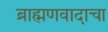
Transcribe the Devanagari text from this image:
ब्राह्मणवादाचा